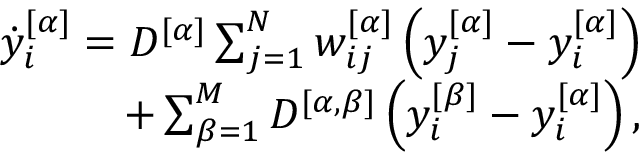
\begin{array} { r } { \dot { y } _ { i } ^ { [ \alpha ] } = D ^ { [ \alpha ] } \sum _ { j = 1 } ^ { N } w _ { i j } ^ { [ \alpha ] } \left( y _ { j } ^ { [ \alpha ] } - y _ { i } ^ { [ \alpha ] } \right) } \\ { \qquad \qquad + \sum _ { \beta = 1 } ^ { M } D ^ { [ \alpha , \beta ] } \left( y _ { i } ^ { [ \beta ] } - y _ { i } ^ { [ \alpha ] } \right) , } \end{array}